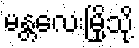
မန္တလေးမြို့သို့